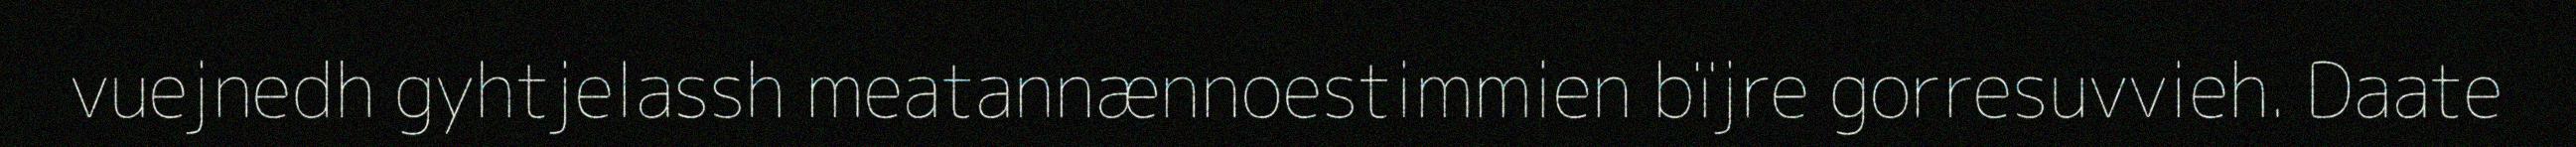
vuejnedh gyhtjelassh meatannænnoestimmien bïjre gorresuvvieh. Daate